Scottish Leaving Certificate Examination, 1955
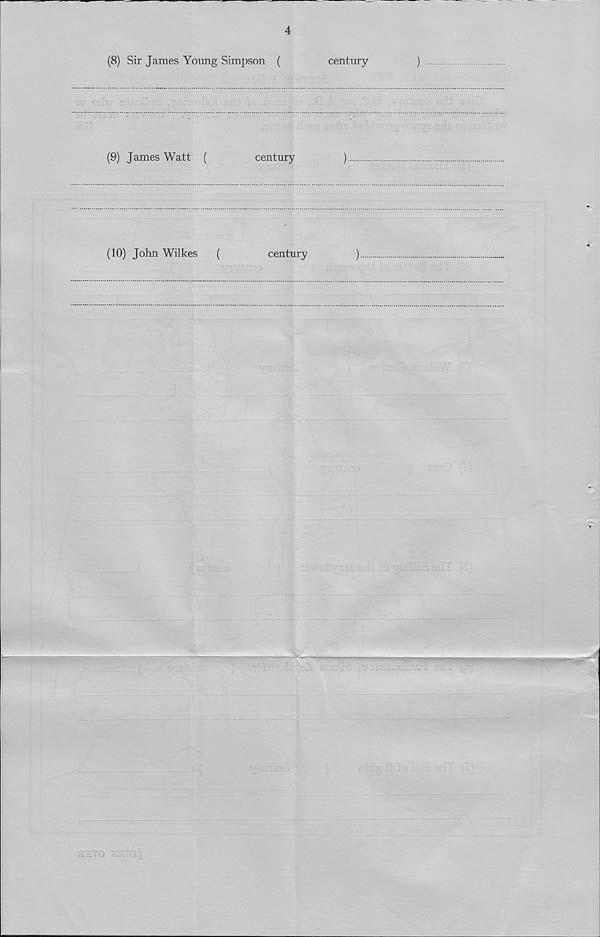
4
(8) Sir James Young Simpson (
century
)
(9) James Watt (
century
)
(10) John Wilkes
(
century
)